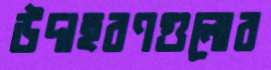
উদাহরণগুলোর